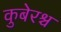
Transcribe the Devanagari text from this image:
कुबेरश्च